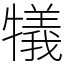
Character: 犠